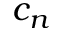
c _ { n }